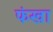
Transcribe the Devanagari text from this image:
फंखा